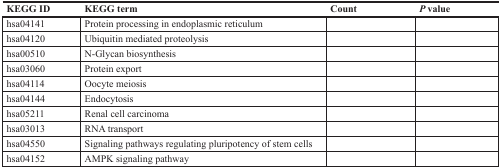
<table><thead><tr><td><b>KEGG ID</b></td><td><b>KEGG term</b></td><td><b>Count</b></td><td><b><i>P</i> value</b></td></tr></thead><tbody><tr><td>hsa04141</td><td>Protein processing in endoplasmic reticulum</td><td>[EMPTY_CELL]</td><td>[EMPTY_CELL]</td></tr><tr><td>hsa04120</td><td>Ubiquitin mediated proteolysis</td><td>[EMPTY_CELL]</td><td>[EMPTY_CELL]</td></tr><tr><td>hsa00510</td><td>N-Glycan biosynthesis</td><td>[EMPTY_CELL]</td><td>[EMPTY_CELL]</td></tr><tr><td>hsa03060</td><td>Protein export</td><td>[EMPTY_CELL]</td><td>[EMPTY_CELL]</td></tr><tr><td>hsa04114</td><td>Oocyte meiosis</td><td>[EMPTY_CELL]</td><td>[EMPTY_CELL]</td></tr><tr><td>hsa04144</td><td>Endocytosis</td><td>[EMPTY_CELL]</td><td>[EMPTY_CELL]</td></tr><tr><td>hsa05211</td><td>Renal cell carcinoma</td><td>[EMPTY_CELL]</td><td>[EMPTY_CELL]</td></tr><tr><td>hsa03013</td><td>RNA transport</td><td>[EMPTY_CELL]</td><td>[EMPTY_CELL]</td></tr><tr><td>hsa04550</td><td>Signaling pathways regulating pluripotency of stem cells</td><td>[EMPTY_CELL]</td><td>[EMPTY_CELL]</td></tr><tr><td>hsa04152</td><td>AMPK signaling pathway</td><td>[EMPTY_CELL]</td><td>[EMPTY_CELL]</td></tr></tbody></table>